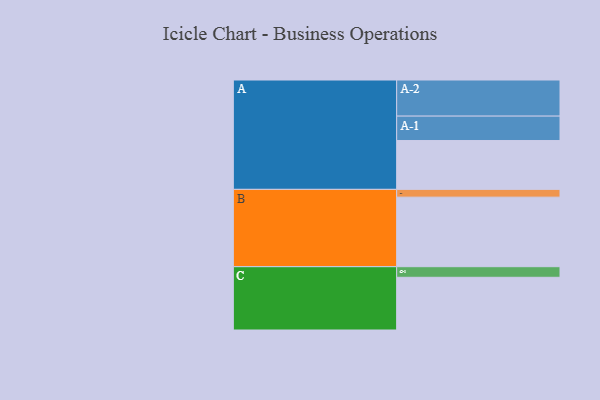
{"axis": {"x": "Segment", "y": "Value"}, "legend": ["", "A", "B", "C"], "data": [{"x": "A", "y": 383, "type": ""}, {"x": "B", "y": 545, "type": ""}, {"x": "C", "y": 413, "type": ""}, {"x": "A-1", "y": 191, "type": "A"}, {"x": "A-2", "y": 283, "type": "A"}, {"x": "B-1", "y": 61, "type": "B"}, {"x": "C-1", "y": 83, "type": "C"}]}